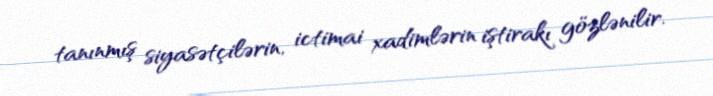
tanınmış siyasətçilərin, ictimai xadimlərin iştirakı gözlənilir.